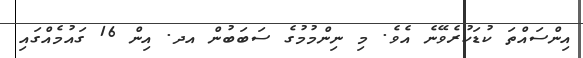
އިންސައްތަ ކުޑަކުރެވޭނެ އެވެ. މި ނިންމުމުގެ ސަބަބުން އދ. އިން 16 ގައުމެއްގައި